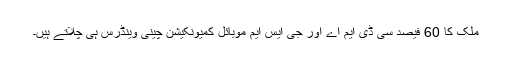
ملک کا 60 فیصد سی ڈی ایم اے اور جی ایس ایم موبائل کمیونکیشن چینی وینڈرس ہی چلاتے ہیں۔